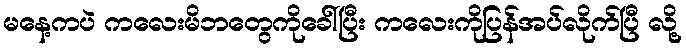
မနေ့ကပဲ ကလေးမိဘတွေကိုခေါ်ပြီး ကလေးကိုပြန်အပ်လိုက်ပြီ လို့